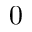
0